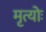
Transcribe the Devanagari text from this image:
मृत्योः